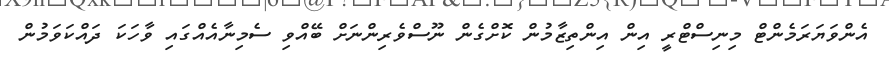
އެންވަޔަރަމެންޓް މިނިސްޓްރީ އިން އިންތިޒާމުން ކޮށްގެން ނޫސްވެރިންނަށް ބޭއްވި ސެމިނާއެއްގައި ވާހަކަ ދައްކަވަމުން